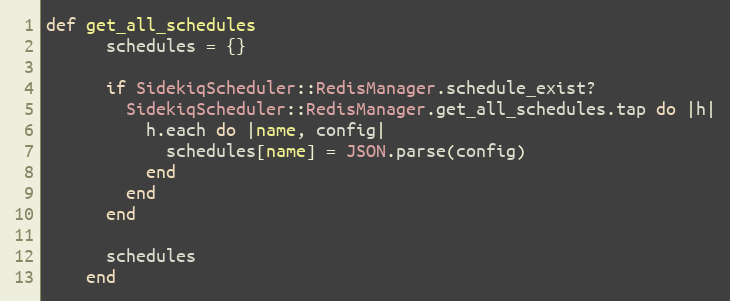
Language: Ruby
def get_all_schedules
      schedules = {}

      if SidekiqScheduler::RedisManager.schedule_exist?
        SidekiqScheduler::RedisManager.get_all_schedules.tap do |h|
          h.each do |name, config|
            schedules[name] = JSON.parse(config)
          end
        end
      end

      schedules
    end